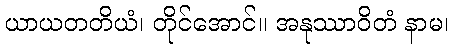
ယာယတတိယံ၊ တိုင်အောင်။ အနုဿာဝိတံ နာမ၊